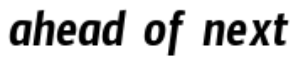
ahead of next